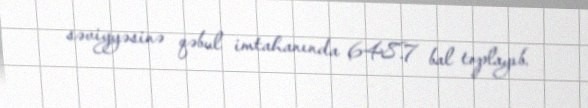
səviyyəsinə qəbul imtahanında 648.7 bal toplayıb.